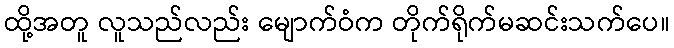
ထို့အတူ လူသည်လည်း မျောက်ဝံက တိုက်ရိုက်မဆင်းသက်ပေ။